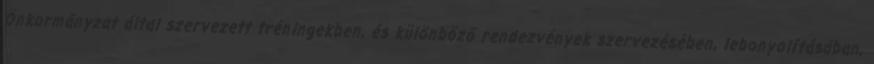
Önkormányzat által szervezett tréningekben, és különböző rendezvények szervezésében, lebonyolításában,